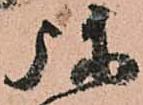
弥